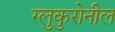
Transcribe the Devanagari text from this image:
ग्लुकुरोनील